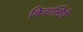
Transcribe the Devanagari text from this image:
किसलिये